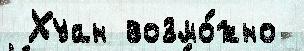
 Хуан возмо́жно